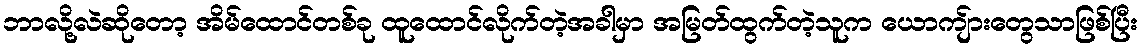
ဘာလို့လဲဆိုတော့ အိမ်ထောင်တစ်ခု ထူထောင်လိုက်တဲ့အခါမှာ အမြတ်ထွက်တဲ့သူက ယောကျ်ားတွေသာဖြစ်ပြီး